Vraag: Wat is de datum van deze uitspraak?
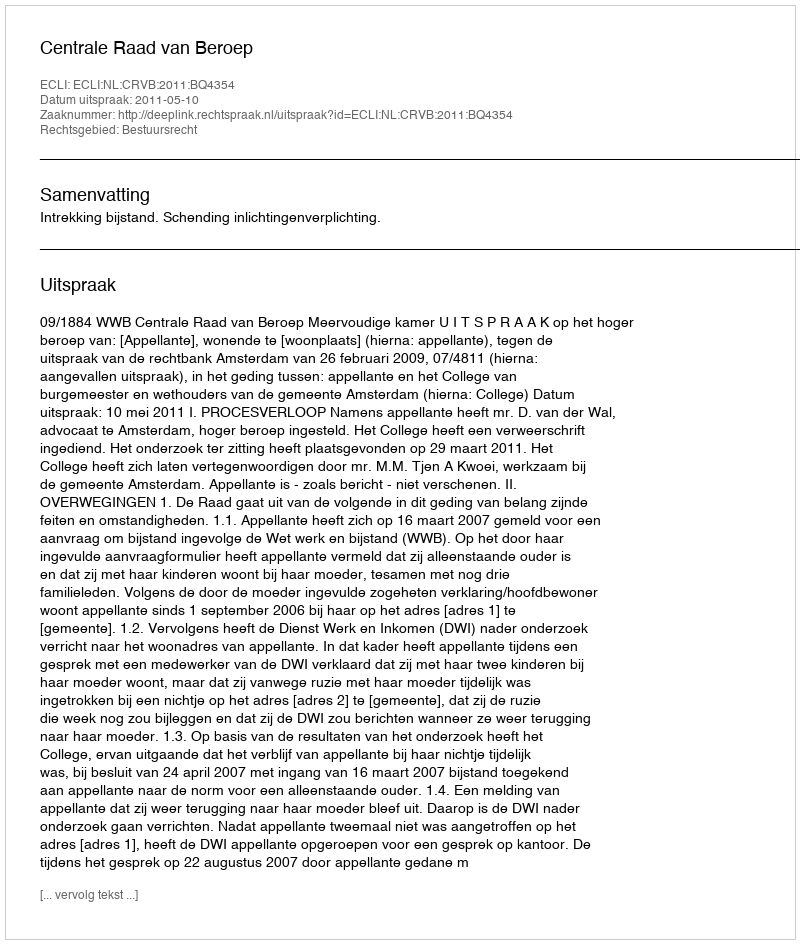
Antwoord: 2011-05-10